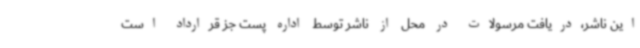
این ناشر،دریافت مرسولات در محل از ناشر توسط اداره پست جز قرارداد است